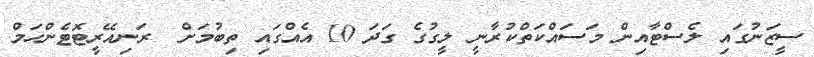
ސީޒަނުގައި ލެސްޓާއިން މަސައްކަތްކުރާނީ ލީގުގެ ގަދަ 10 އެއްގައި ތިބުމަށް  ރަނިއޭރީޓޮޓެންހަމް